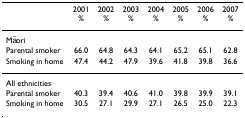
<table><thead><tr><td></td><td><b>2001%</b></td><td><b>2002%</b></td><td><b>2003%</b></td><td><b>2004%</b></td><td><b>2005%</b></td><td><b>2006%</b></td><td><b>2007%</b></td></tr></thead><tbody><tr><td>Māori</td><td></td><td></td><td></td><td></td><td></td><td></td><td></td></tr><tr><td>Parental smoker</td><td>66.0</td><td>64.8</td><td>64.3</td><td>64.1</td><td>65.2</td><td>65.1</td><td>62.8</td></tr><tr><td>Smoking in home</td><td>47.4</td><td>44.2</td><td>47.9</td><td>39.6</td><td>41.8</td><td>39.8</td><td>36.6</td></tr><tr><td>All ethnicities</td><td></td><td></td><td></td><td></td><td></td><td></td><td></td></tr><tr><td>Parental smoker</td><td>40.3</td><td>39.4</td><td>40.6</td><td>41.0</td><td>39.8</td><td>39.9</td><td>39.1</td></tr><tr><td>Smoking in home</td><td>30.5</td><td>27.1</td><td>29.9</td><td>27.1</td><td>26.5</td><td>25.0</td><td>22.3</td></tr></tbody></table>